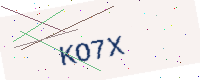
Text: KO7X